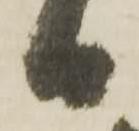
日